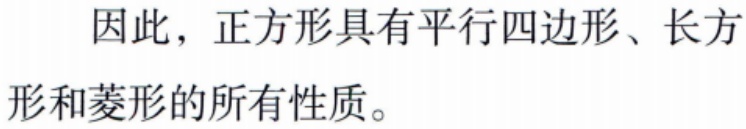
因此，正方形具有平行四边形、长方形和菱形的所有性质。